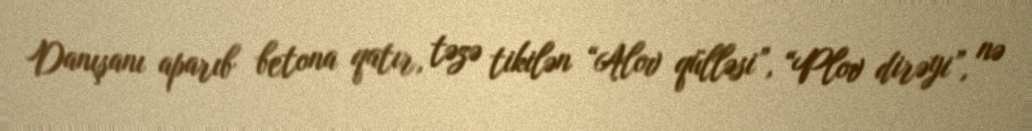
Danışanı aparıb betona qatır, təzə tikilən “Alov qülləsi”, “Plov dirəyi”, nə